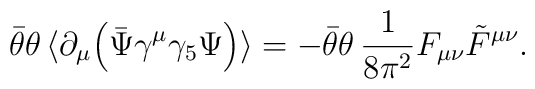
\bar\theta\theta\,\langle \partial_\mu \Big(\bar\Psi \gamma^\mu\gamma_5\Psi\Big)\rangle= - \bar\theta\theta\,\frac{1}{8\pi^2} F_{\mu\nu}\tilde F^{\mu\nu}.